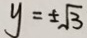
y = \pm \sqrt { 3 }